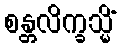
စန္တလိက္ခသ္မိံ